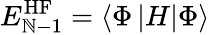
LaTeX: E_{\mathbb{N}-1}^{\mathrm{{HF}}}=\left<\Phi\left|H\right|\Phi\right>